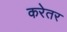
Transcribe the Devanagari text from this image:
करेतर